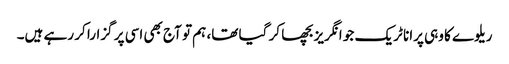
ریلوے کا وہی پرانا ٹریک جو انگریز بچھا کر گیا تھا، ہم تو آج بھی اسی پر گزارا کر رہے ہیں۔